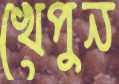
খেপুন